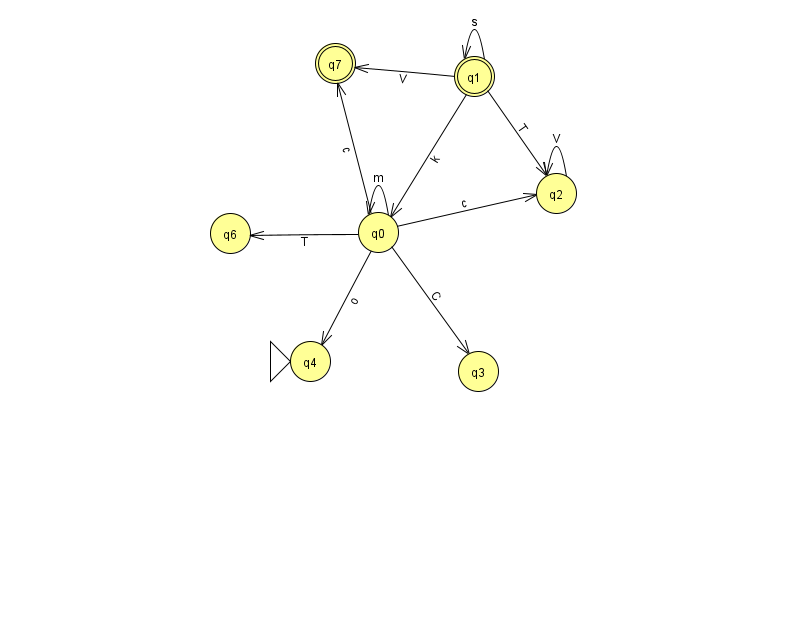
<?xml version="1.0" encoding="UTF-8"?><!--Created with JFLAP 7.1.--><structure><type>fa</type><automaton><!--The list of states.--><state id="0" name="q0"><x>378.0</x><y>219.0</y></state><state id="1" name="q1"><x>474.0</x><y>63.0</y><final/></state><state id="2" name="q2"><x>556.0</x><y>180.0</y></state><state id="3" name="q3"><x>478.0</x><y>358.0</y></state><state id="4" name="q4"><x>310.0</x><y>348.0</y><initial/></state><state id="6" name="q6"><x>230.0</x><y>220.0</y></state><state id="7" name="q7"><x>335.0</x><y>50.0</y><final/></state><!--The list of transitions.--><transition><from>1</from><to>0</to><read>k</read></transition><transition><from>0</from><to>7</to><read>c</read></transition><transition><from>1</from><to>1</to><read>s</read></transition><transition><from>0</from><to>2</to><read>c</read></transition><transition><from>0</from><to>4</to><read>o</read></transition><transition><from>0</from><to>3</to><read>C</read></transition><transition><from>2</from><to>2</to><read>V</read></transition><transition><from>1</from><to>2</to><read>T</read></transition><transition><from>0</from><to>6</to><read>T</read></transition><transition><from>0</from><to>0</to><read>m</read></transition><transition><from>1</from><to>7</to><read>V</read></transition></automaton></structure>